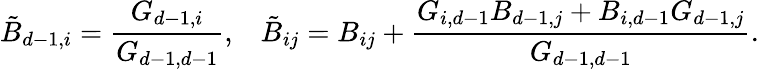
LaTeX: \tilde{B}_{d-1,i}=\frac{G_{d-1,i}}{G_{d-1,d-1}},\; \; \; \tilde{B}_{ij}=B_{ij}+\frac{G_{i,d-1}B_{d-1,j}+B_{i,d-1}G_{d-1,j}}{G_{d-1,d-1}}.